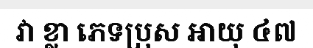
វា ខ្លា ភេទប្រុស អាយុ ៤៧